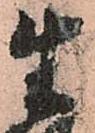
生